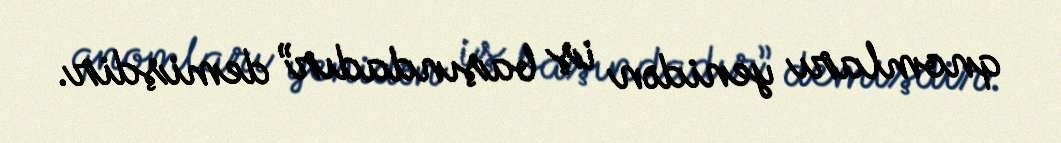
qnomları yenidən iş başındadır” demişdir.